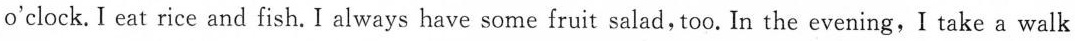
o'clock.I eat rice and fish. I always have some fruit salad,too. In the evening,I take a walk